Plague in India, 1896, 1897 - Volume 3
Year: 1896
Disease focus: Plague
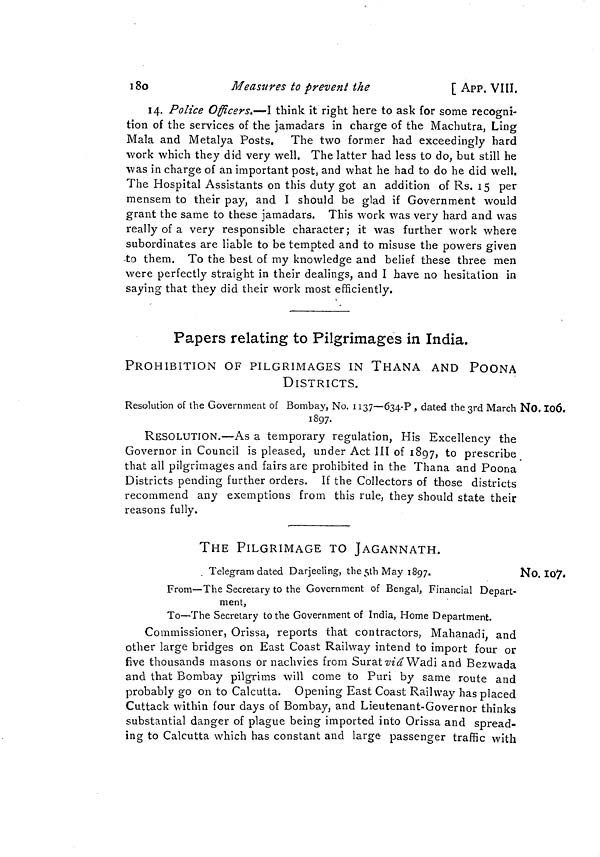
180
Measures to prevent the
[ APP. VII.
14. Police Officers.—I think it right here to ask for some recogni-
tion of the services of the jamadars in charge of the Machutra, Ling
Mala and Metalya Posts. The two former had exceedingly hard
work which they did very well. The latter had less to do, but still he
was in charge of an important post, and what he had to do he did well.
The Hospital Assistants on this duty got an addition of Rs. 15 per
mensem to their pay, and I should be glad if Government would
grant the same to these jamadars. This work was very hard and was
really of a very responsible character; it was further work where
subordinates are liable to be tempted and to misuse the powers given
-to them. To the best of my knowledge and belief these three men
were perfectly straight in their dealings, and I have no hesitation in
saying that they did their work most efficiently.
Papers relating to Pilgrimages in India.
PROHIBITION OF PILGRIMAGES IN THANA AND POONA
DISTRICTS.
No. 106.
Resolution of the Government of Bombay 5 No. 1137—634-P , dated the 3rd March
1897.
RESOLUTION.—As a temporary regulation, His Excellency the
Governor in Council is pleased, under Act III of 1897, to prescribe
that all pilgrimages and fairs are prohibited in the Thana and Poona
Districts pending further orders. If the Collectors of those districts
recommend any exemptions from this rule, they should state their
reasons fully.
THE PILGRIMAGE TO JAGANNATH.
No. 107.
Telegram dated Darjeeling, the 5th May 1897.
From—The Secretary to the Government of Bengal, Financial Depart-
ment,
To—The Secretary to the Government of India, Home Department.
Commissioner, Orissa, reports that contractors, Mahanadi, and
other large bridges on East Coast Railway intend to import four or
five thousands masons or nachvies from Surat vid Wadi and Bezwada
and that Bombay pilgrims will come to Puri by same route and
probably go on to Calcutta. Opening East Coast Railway has placed
Cuttack within four days of Bombay, and Lieutenant-Governor thinks
substantial danger of plague being imported into Orissa and spread-
ing to Calcutta which has constant and large passenger traffic with